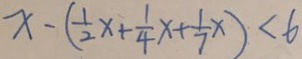
x - ( \frac { 1 } { 2 } x + \frac { 1 } { 4 } x + \frac { 1 } { 7 } x ) < 6